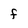
Character: f